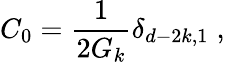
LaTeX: C_{0}=\frac{1}{2G_{k}}\delta_{d-2k,1}\; ,